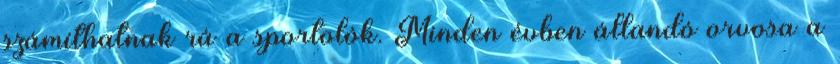
számíthatnak rá a sportolók. Minden évben állandó orvosa a